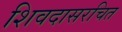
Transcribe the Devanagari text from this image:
शिवदासरचित